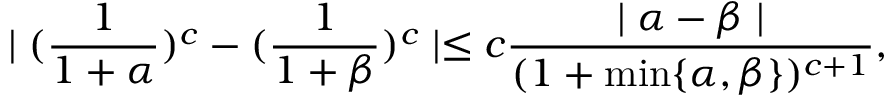
\mid ( \frac { 1 } { 1 + \alpha } ) ^ { c } - ( \frac { 1 } { 1 + \beta } ) ^ { c } \mid \leq c \frac { \mid \alpha - \beta \mid } { ( 1 + \operatorname * { m i n } \{ \alpha , \beta \} ) ^ { c + 1 } } ,